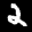
Label: 2